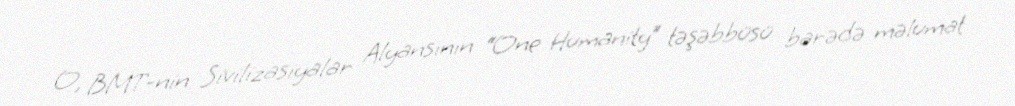
O, BMT-nin Sivilizasiyalar Alyansının “One Humanity” təşəbbüsü barədə məlumat